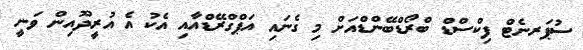
ސުޕަރނެޓް ފިކްސްޑް ބްރޯޑްބޭންޑްއަށް މި ގެނައި އަޕްގްރޭޑްއާއި އެކު އެ އުރީދޫއިން ވަނީ